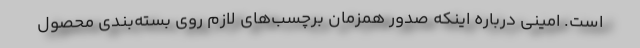
است. امینی درباره اینکه صدور همزمان برچسب‌های لازم روی بسته‌بندی محصول